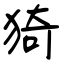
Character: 猗